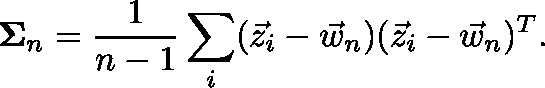
\mathbf { \Sigma } _ { n } = \frac { 1 } { n - 1 } \sum _ { i } ( \vec { z } _ { i } - \vec { w } _ { n } ) ( \vec { z } _ { i } - \vec { w } _ { n } ) ^ { T } .